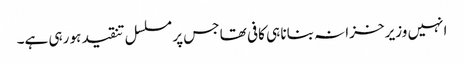
انہیں وزیر خزانہ بنانا ہی کافی تھا جس پر مسلسل تنقید ہو رہی ہے۔